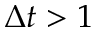
\Delta t > 1